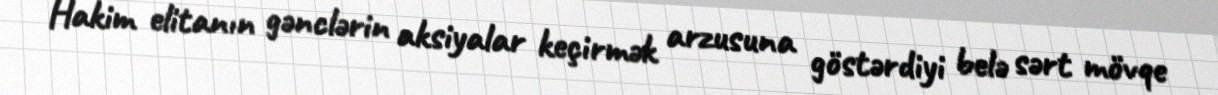
Hakim elitanın gənclərin aksiyalar keçirmək arzusuna göstərdiyi belə sərt mövqe